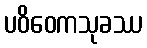
ပဝိဝေကသုခဿ